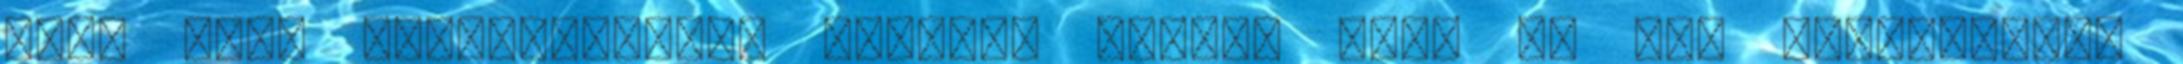
hogy sima matektudással lehet-e tudni. Hát, én már lelepleztem